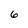
Character: 6